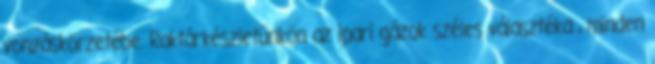
vonzáskörzetébe. Raktárkészletünkön az ipari gázok széles választéka , minden